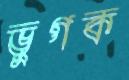
ভুগক